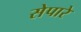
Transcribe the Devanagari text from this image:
सेपारे